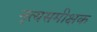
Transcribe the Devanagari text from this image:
नृत्यसमीक्षक